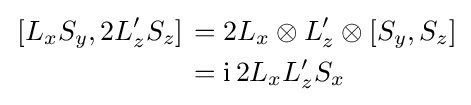
{\begin{aligned}\left.[L_{x}S_{y},2L_{z}'S_{z}]\right.&=2L_{x}\otimes L_{z}'\otimes [S_{y},S_{z}]\\&=\mathrm {i} \,2L_{x}L_{z}'S_{x}\end{aligned}}